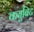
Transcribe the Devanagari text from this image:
कयुबिट